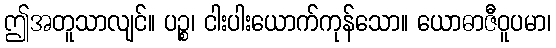
ဤအတူသာလျင်။ ပဉ္စ၊ ငါးပါးယောက်ကုန်သော။ ယောဓာဇီဝူပမာ၊